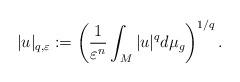
LaTeX: \begin{align*}|u|_{q,\varepsilon}:=\left( \frac{1}{\varepsilon^{n}}\int_{M}|u|^{q}d\mu_{g}\right) ^{1/q}.\end{align*}